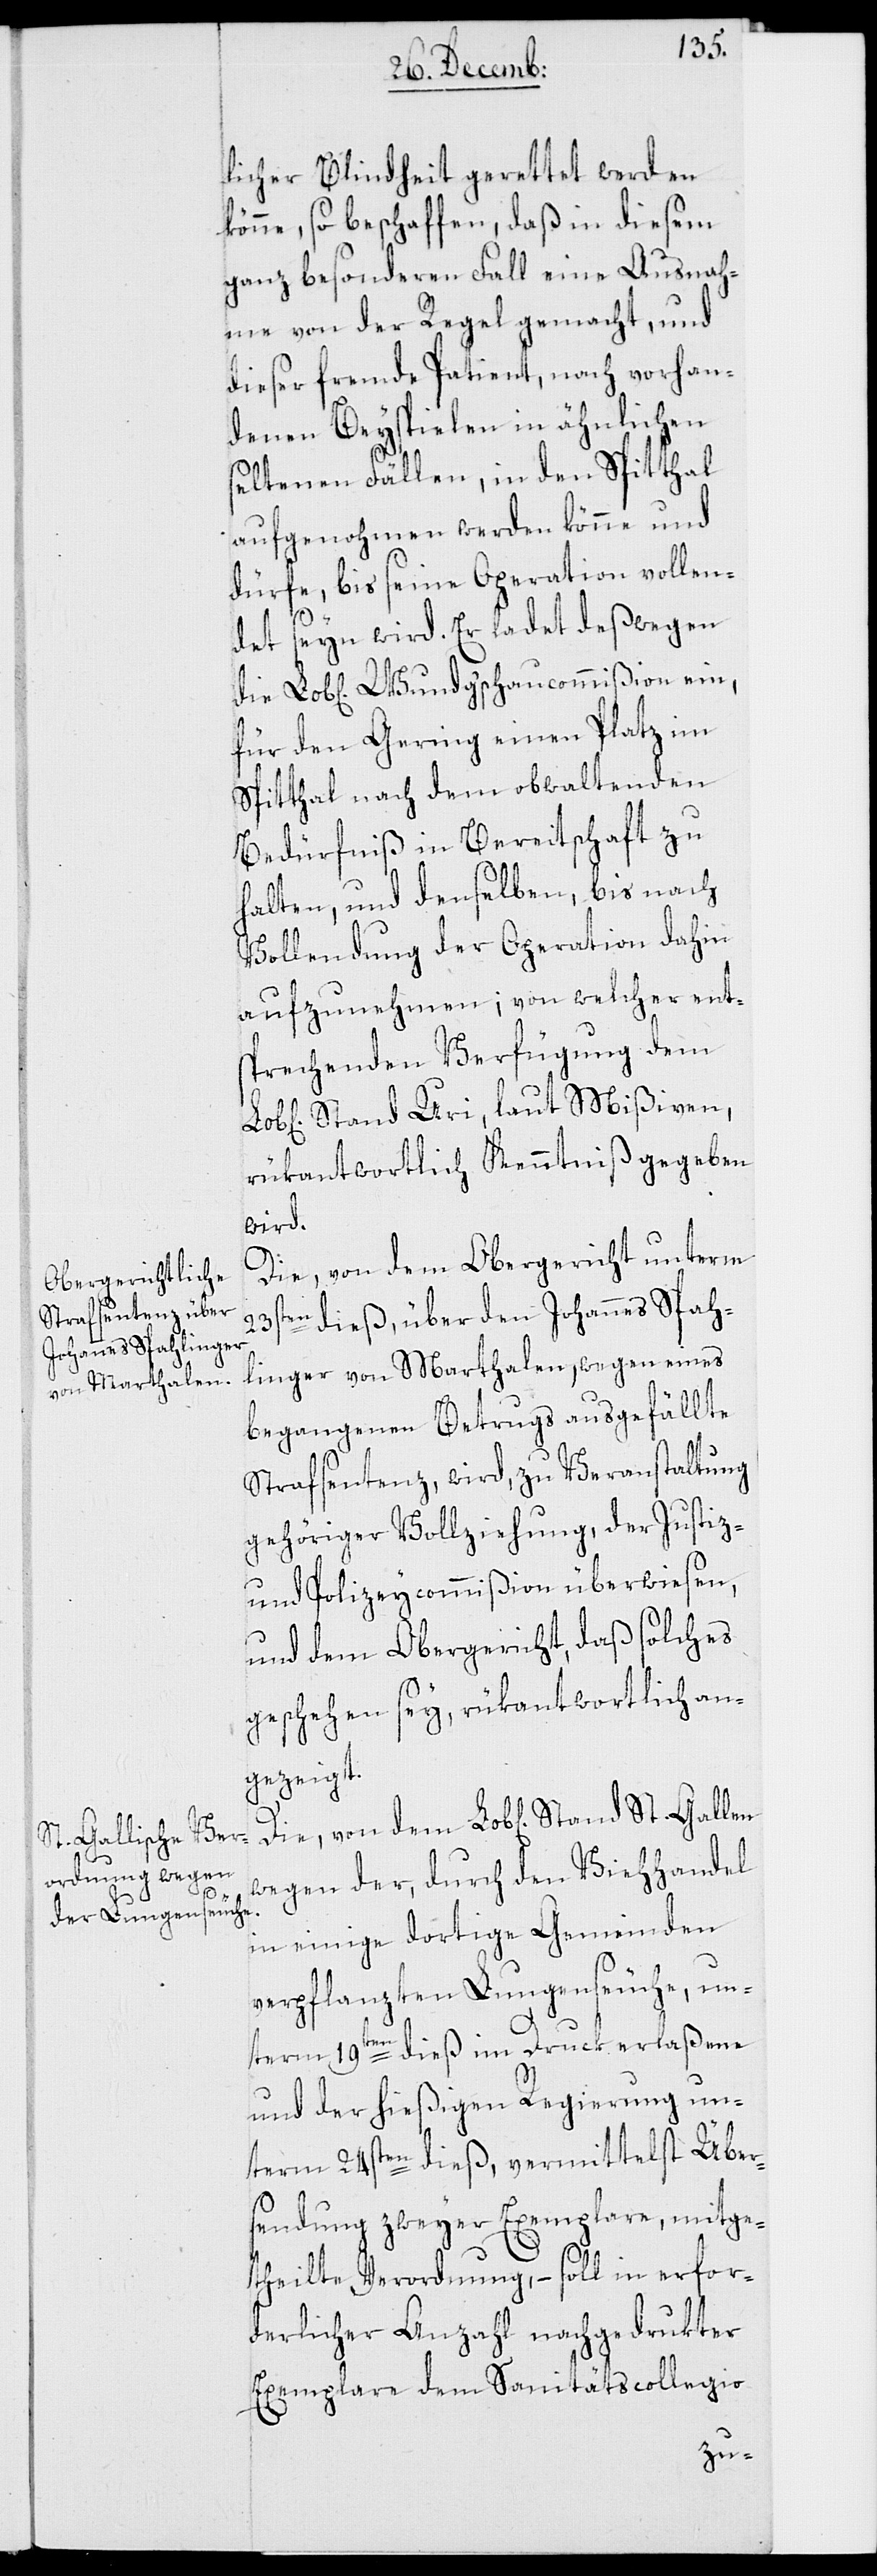
licher Blindheit gerettet werden
könne, so beschaffen, daß in diesem
ganz besondern Fall eine Ausnah¬
me von der Regel gemacht, und
dieser fremde Patient, nach vorhan¬
denen Beyspielen in ähnlichen
seltenen Fällen, in den Spitthal
aufgenohmen werden könne und
dürfe, bis seine Operation vollen¬
St.
det seyn wird. Er ladet deßwegen
die Lob[lichen] Wundg’schaucommißion ein,
für den Gering einen Platz im
Spitthal nach dem obwaltenden
Bedürfniß in Bereitschaft zu
halten, und denselben, bis nach
Vollendung der Operation dahin
aufzunehmen; von welcher ent¬
sprechenden Verfügung dem
Stand Uri, laut Mißiven,
rükantwortlich Kenntniß gegeben
wird.
Die von dem Obergericht unterm
23sten dieß, über den Johannes Spah¬
linger von Marthalen, wegen eines
begangenen Betrugs ausgefällte
Strafsentenz, wird, zu Veranstaltung
gehöriger Vollziehung, der Justiz-
und Polizeycommißion überwiesen,
und dem Obergericht, daß solches
geschehen sey, rükantwortlich an¬
gezeigt.
wegen der, durch den Viehhandel
in einige dortige Gemeinden
verpflanzten Lungenseuche, un¬
term 19ten dieß im Druck erlaßene
und der hießigen Regierung un¬
term 24sten dieß, vermittelst Über¬
sendung zweyer Exemplare, mitge¬
theilte Verordnung, – soll in erfor¬
derlicher Anzahl nachgedrukter
Exemplare dem Sanitätscollegio